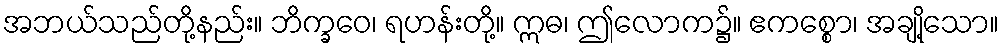
အဘယ်သည်တို့နည်း။ ဘိက္ခဝေ၊ ရဟန်းတို့။ ဣဓ၊ ဤလောက၌။ ဧကစ္စော၊ အချို့သော။